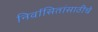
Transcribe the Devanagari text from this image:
निर्वासितांसाठीचे